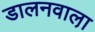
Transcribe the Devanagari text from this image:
डालनवाला़